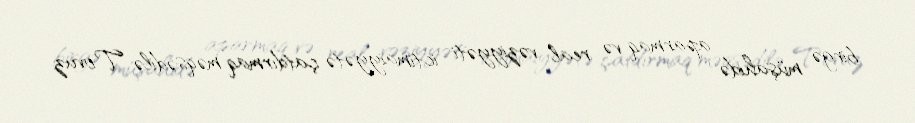
birgə müşahidə aparmaq və real vəziyyəti ictimaiyyətə çatdırmaq məqsədilə Tovuz